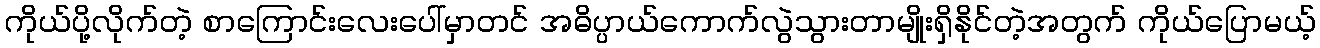
ကိုယ်ပို့လိုက်တဲ့ စာကြောင်းလေးပေါ်မှာတင် အဓိပ္ပာယ်ကောက်လွဲသွားတာမျိုးရှိနိုင်တဲ့အတွက် ကိုယ်ပြောမယ့်